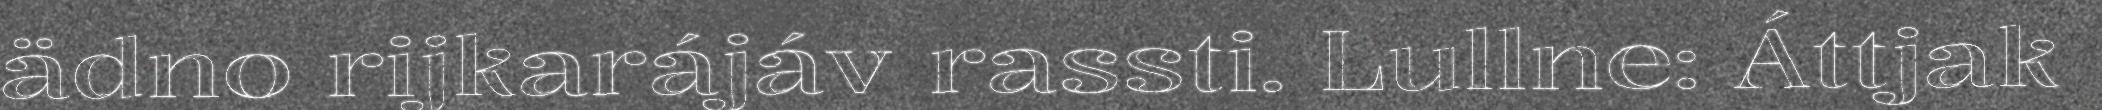
ädno rijkarájáv rassti. Lullne: Áttjak